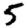
Digit: 5